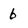
Character: 6